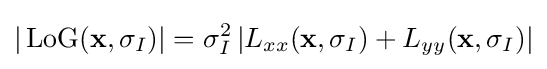
|\operatorname {LoG} (\mathbf {x} ,\sigma _{I})|=\sigma _{I}^{2}\left|L_{xx}(\mathbf {x} ,\sigma _{I})+L_{yy}(\mathbf {x} ,\sigma _{I})\right|